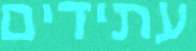
עתידים